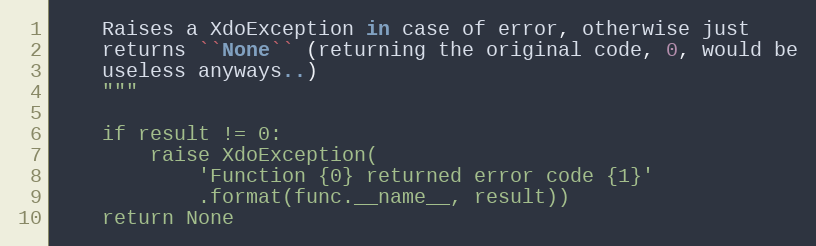
Language: Python
    Raises a XdoException in case of error, otherwise just
    returns ``None`` (returning the original code, 0, would be
    useless anyways..)
    """

    if result != 0:
        raise XdoException(
            'Function {0} returned error code {1}'
            .format(func.__name__, result))
    return None